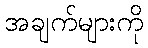
အချက်များကို